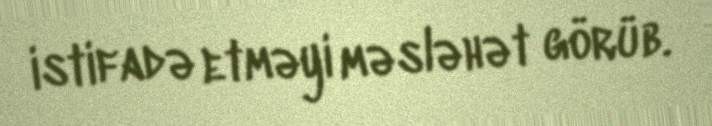
istifadə etməyi məsləhət görüb.